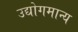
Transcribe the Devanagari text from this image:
उद्योगमान्य